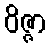
ဝိဇ္ဇာ